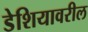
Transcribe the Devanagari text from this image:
डेशियावरील